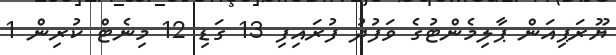
ޔޫރަޕިއަން ޕާލިމެންޓުގެ ވަފުދު ފުރައިފި 13 ގަޑި 12 މިނެޓް ކުރިން 1